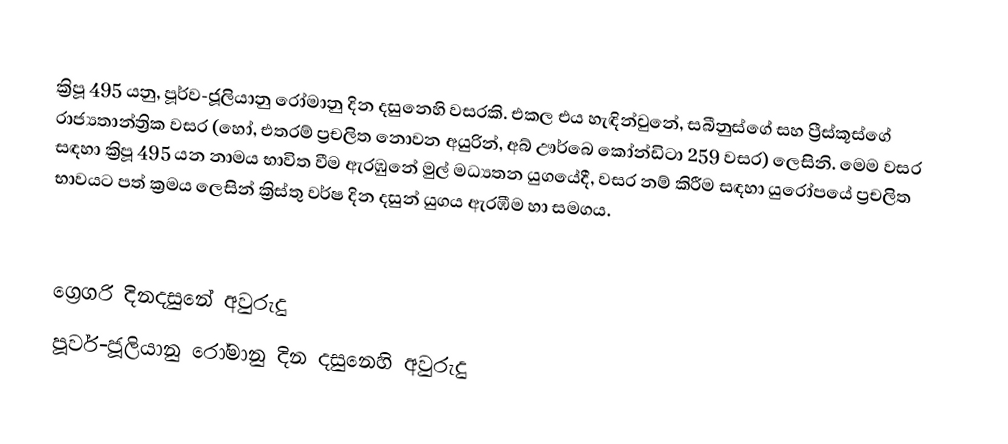

ක්‍රිපූ 495 යනු, පූර්ව-ජූලියානු රෝමානු දින දසුනෙහි වසරකි. එකල එය හැඳින්වුනේ, සබීනුස්ගේ සහ ප්‍රීස්කූස්ගේ රාජ්‍යතාන්ත්‍රික වසර (හෝ, එතරම් ප්‍රචලිත නොවන අයුරින්, අබ් ඌර්බෙ කෝන්ඩිටා 259 වසර) ලෙසිනි. මෙම වසර සඳහා ක්‍රිපූ 495 යන නාමය භාවිත වීම ඇරඹුනේ මුල්  මධ්‍යතන යුගයේදී, වසර නම් කිරීම සඳහා යුරෝපයේ ප්‍රචලිත භාවයට පත් ක්‍රමය ලෙසින් ක්‍රිස්තු වර්ෂ දින දසුන් යුගය ඇරඹීම හා සමගය.

ග්‍රෙගරි දිනදසුනේ අවුරුදු
පූර්ව-ජූලියානු රෝමානු දින දසුනෙහි අවුරුදු